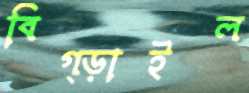
বিগ্‌ড়াইল